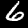
Label: 6